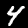
Digit: 4